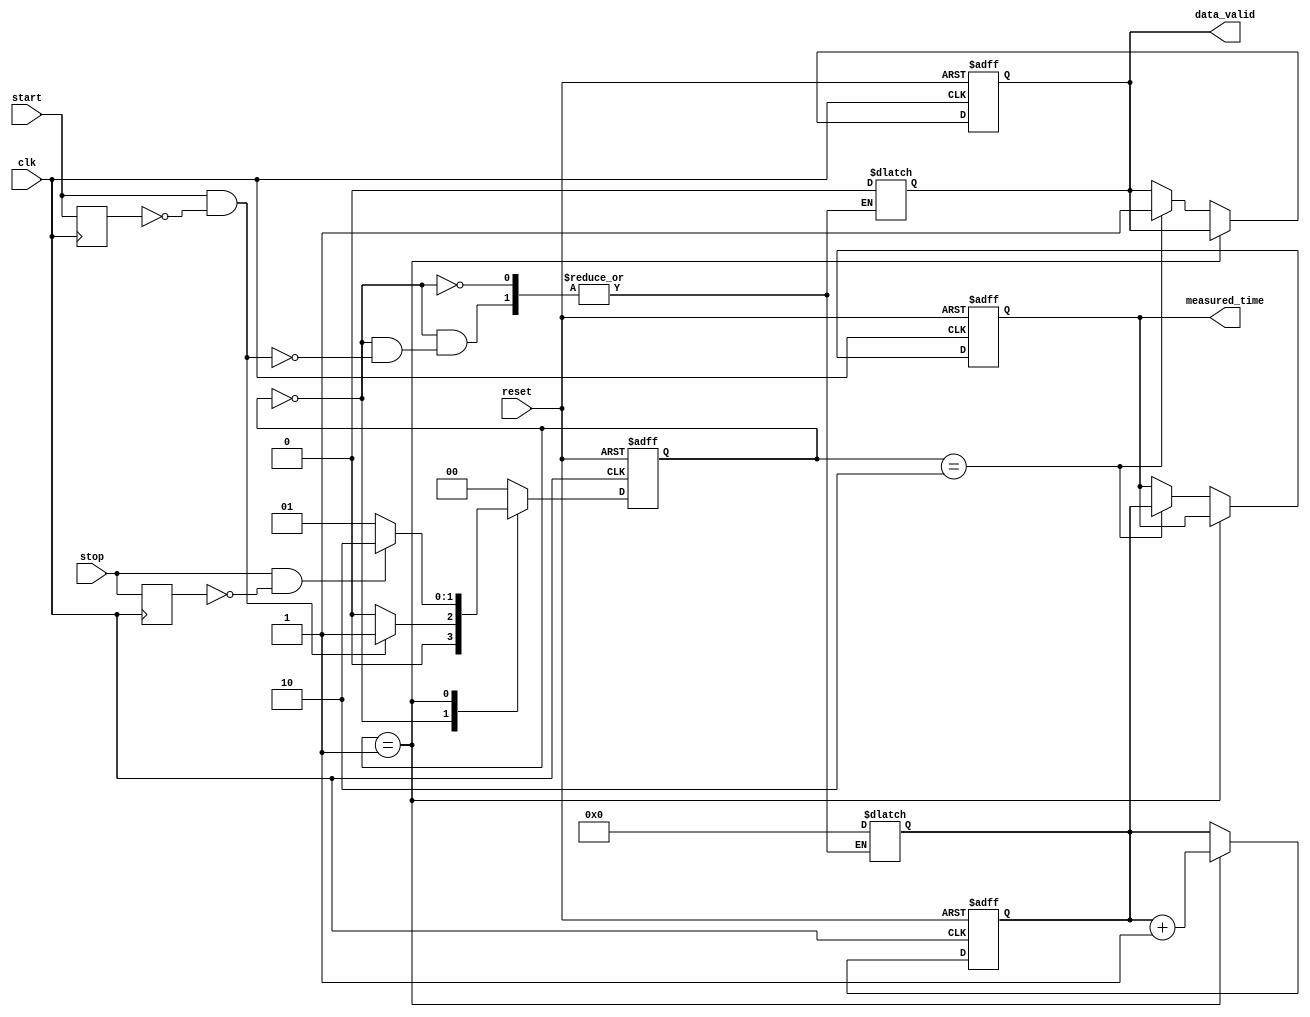
module TDC (
    input wire clk,                 // Clock input
    input wire reset,               // Asynchronous reset
    input wire start,               // Start signal
    input wire stop,                // Stop signal
    output reg [15:0] measured_time, // Measured time output
    output reg data_valid           // Data valid signal
);

    // State encoding
    parameter IDLE = 2'b00, MEASURING = 2'b01, READY = 2'b10;
    reg [1:0] state, next_state;

    // Time counter
    reg [15:0] time_counter;

    // Rising edge detection
    reg start_prev, stop_prev;

    // State machine and time measurement logic
    always @(posedge clk or posedge reset) begin
        if (reset) begin
            state <= IDLE;
            time_counter <= 16'b0;
            measured_time <= 16'b0;
            data_valid <= 1'b0;
        end else begin
            state <= next_state;

            // Handle time counting in MEASURING state
            if (state == MEASURING) begin
                time_counter <= time_counter + 1;
            end else if (state == READY) begin
                measured_time <= time_counter; // Store measured time
                data_valid <= 1'b1;             // Assert data valid
            end
        end
    end

    // Next state logic
    always @(*) begin
        case (state)
            IDLE: begin
                if (start && !start_prev) begin
                    next_state = MEASURING;
                    time_counter = 16'b0; // Reset counter
                    data_valid = 1'b0;
                end else begin
                    next_state = IDLE;
                end
            end
            
            MEASURING: begin
                if (stop && !stop_prev) begin
                    next_state = READY;
                end else begin
                    next_state = MEASURING;
                end
            end
            
            READY: begin
                // Stay in READY state until the data is read
                next_state = IDLE;
            end
            
            default: next_state = IDLE;
        endcase
    end

    // Edge detection of start and stop signals
    always @(posedge clk) begin
        start_prev <= start;
        stop_prev <= stop;
    end

endmodule